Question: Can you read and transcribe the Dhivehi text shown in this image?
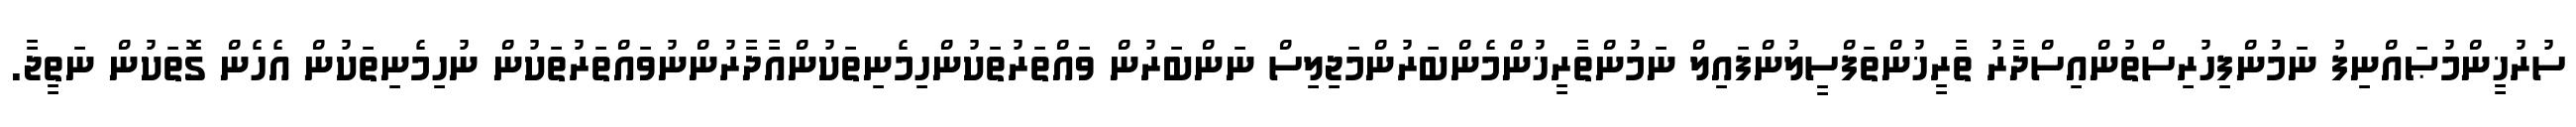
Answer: ސުރުޚީންމުޞައްނިފު ނަމުންފިހުރިސްތުންއިސްދާރު ތާރީޚުންތަފްސީލުންފައިލް ނަމުންތާރީޚުންމެންބަރުންމަޖިލިސް ނަންބަރުން ވައްތަރުތަކުންހިމެނިތަކުންއާދާރުންނުވައްތަރުތަކުން ނުހިމެނިތަކުން އެހެން ގޮތަކުން ނަތީޖާ.